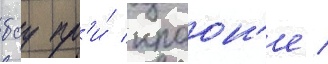
боу пр'и́ краон'е /